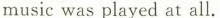
music was played at all.